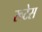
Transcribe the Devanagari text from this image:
रूटेस